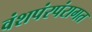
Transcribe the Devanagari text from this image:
वंशपंरपंरागत